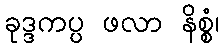
ခုဒ္ဒကပ္ပ ဖလာ နိစ္စံ၊